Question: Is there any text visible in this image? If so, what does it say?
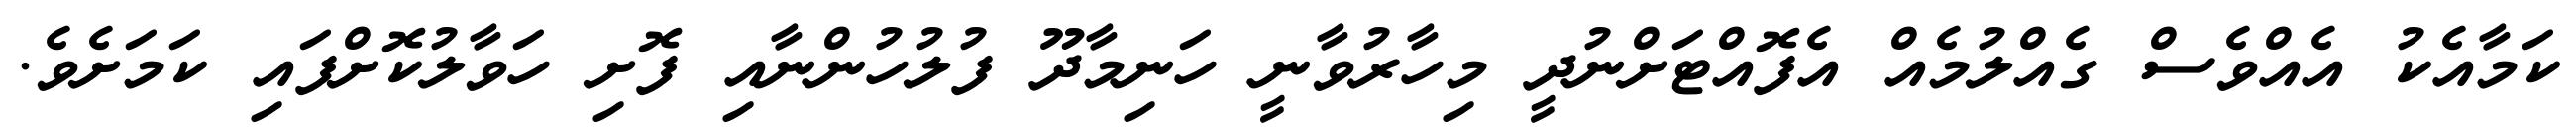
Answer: ކަމާއެކު އެއްވެސް ގެއްލުމެއް އެފޮއްޓަށްނުދީ މިހާރުވާނީ ހަނިމާދޫ ފުލުހުންނާއި ފޮށި ހަވާލުކޮށްފައި ކަމަށެވެ.